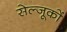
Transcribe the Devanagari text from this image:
सेल्जूकों